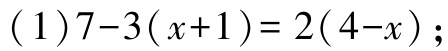
\((1)7 - 3(x + 1)= 2(4 - x)\);